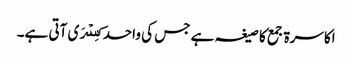
اکاسرۃ جمع کا صیغہ ہے جس کی واحد کِسۡرَی آتی ہے۔